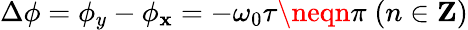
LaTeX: \Delta\phi=\phi_{y}-\phi_{\mathbf{x}}=-\omega_{0}\tau\neqn\pi\; (n\in\mathbf{{Z}})